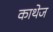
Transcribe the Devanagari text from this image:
काथेज